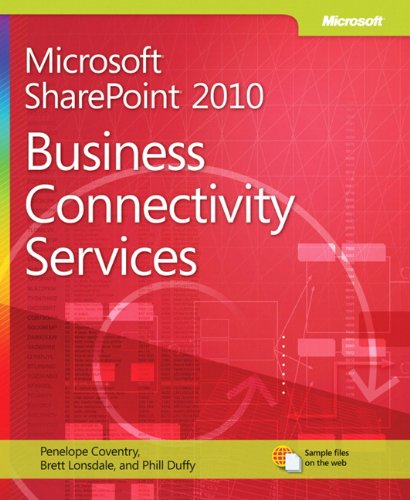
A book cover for Microsoft SharePoint 2010 Business Connectivity Services; Brett Lonsdale; Computers & Technology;